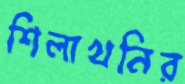
শিলাখনির